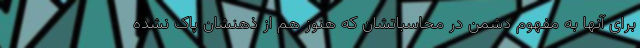
برای آنها به مفهوم دشمن در محاسباتشان که هنوز هم از ذهنشان پاک نشده